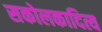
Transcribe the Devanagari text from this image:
सकोलकादित्य